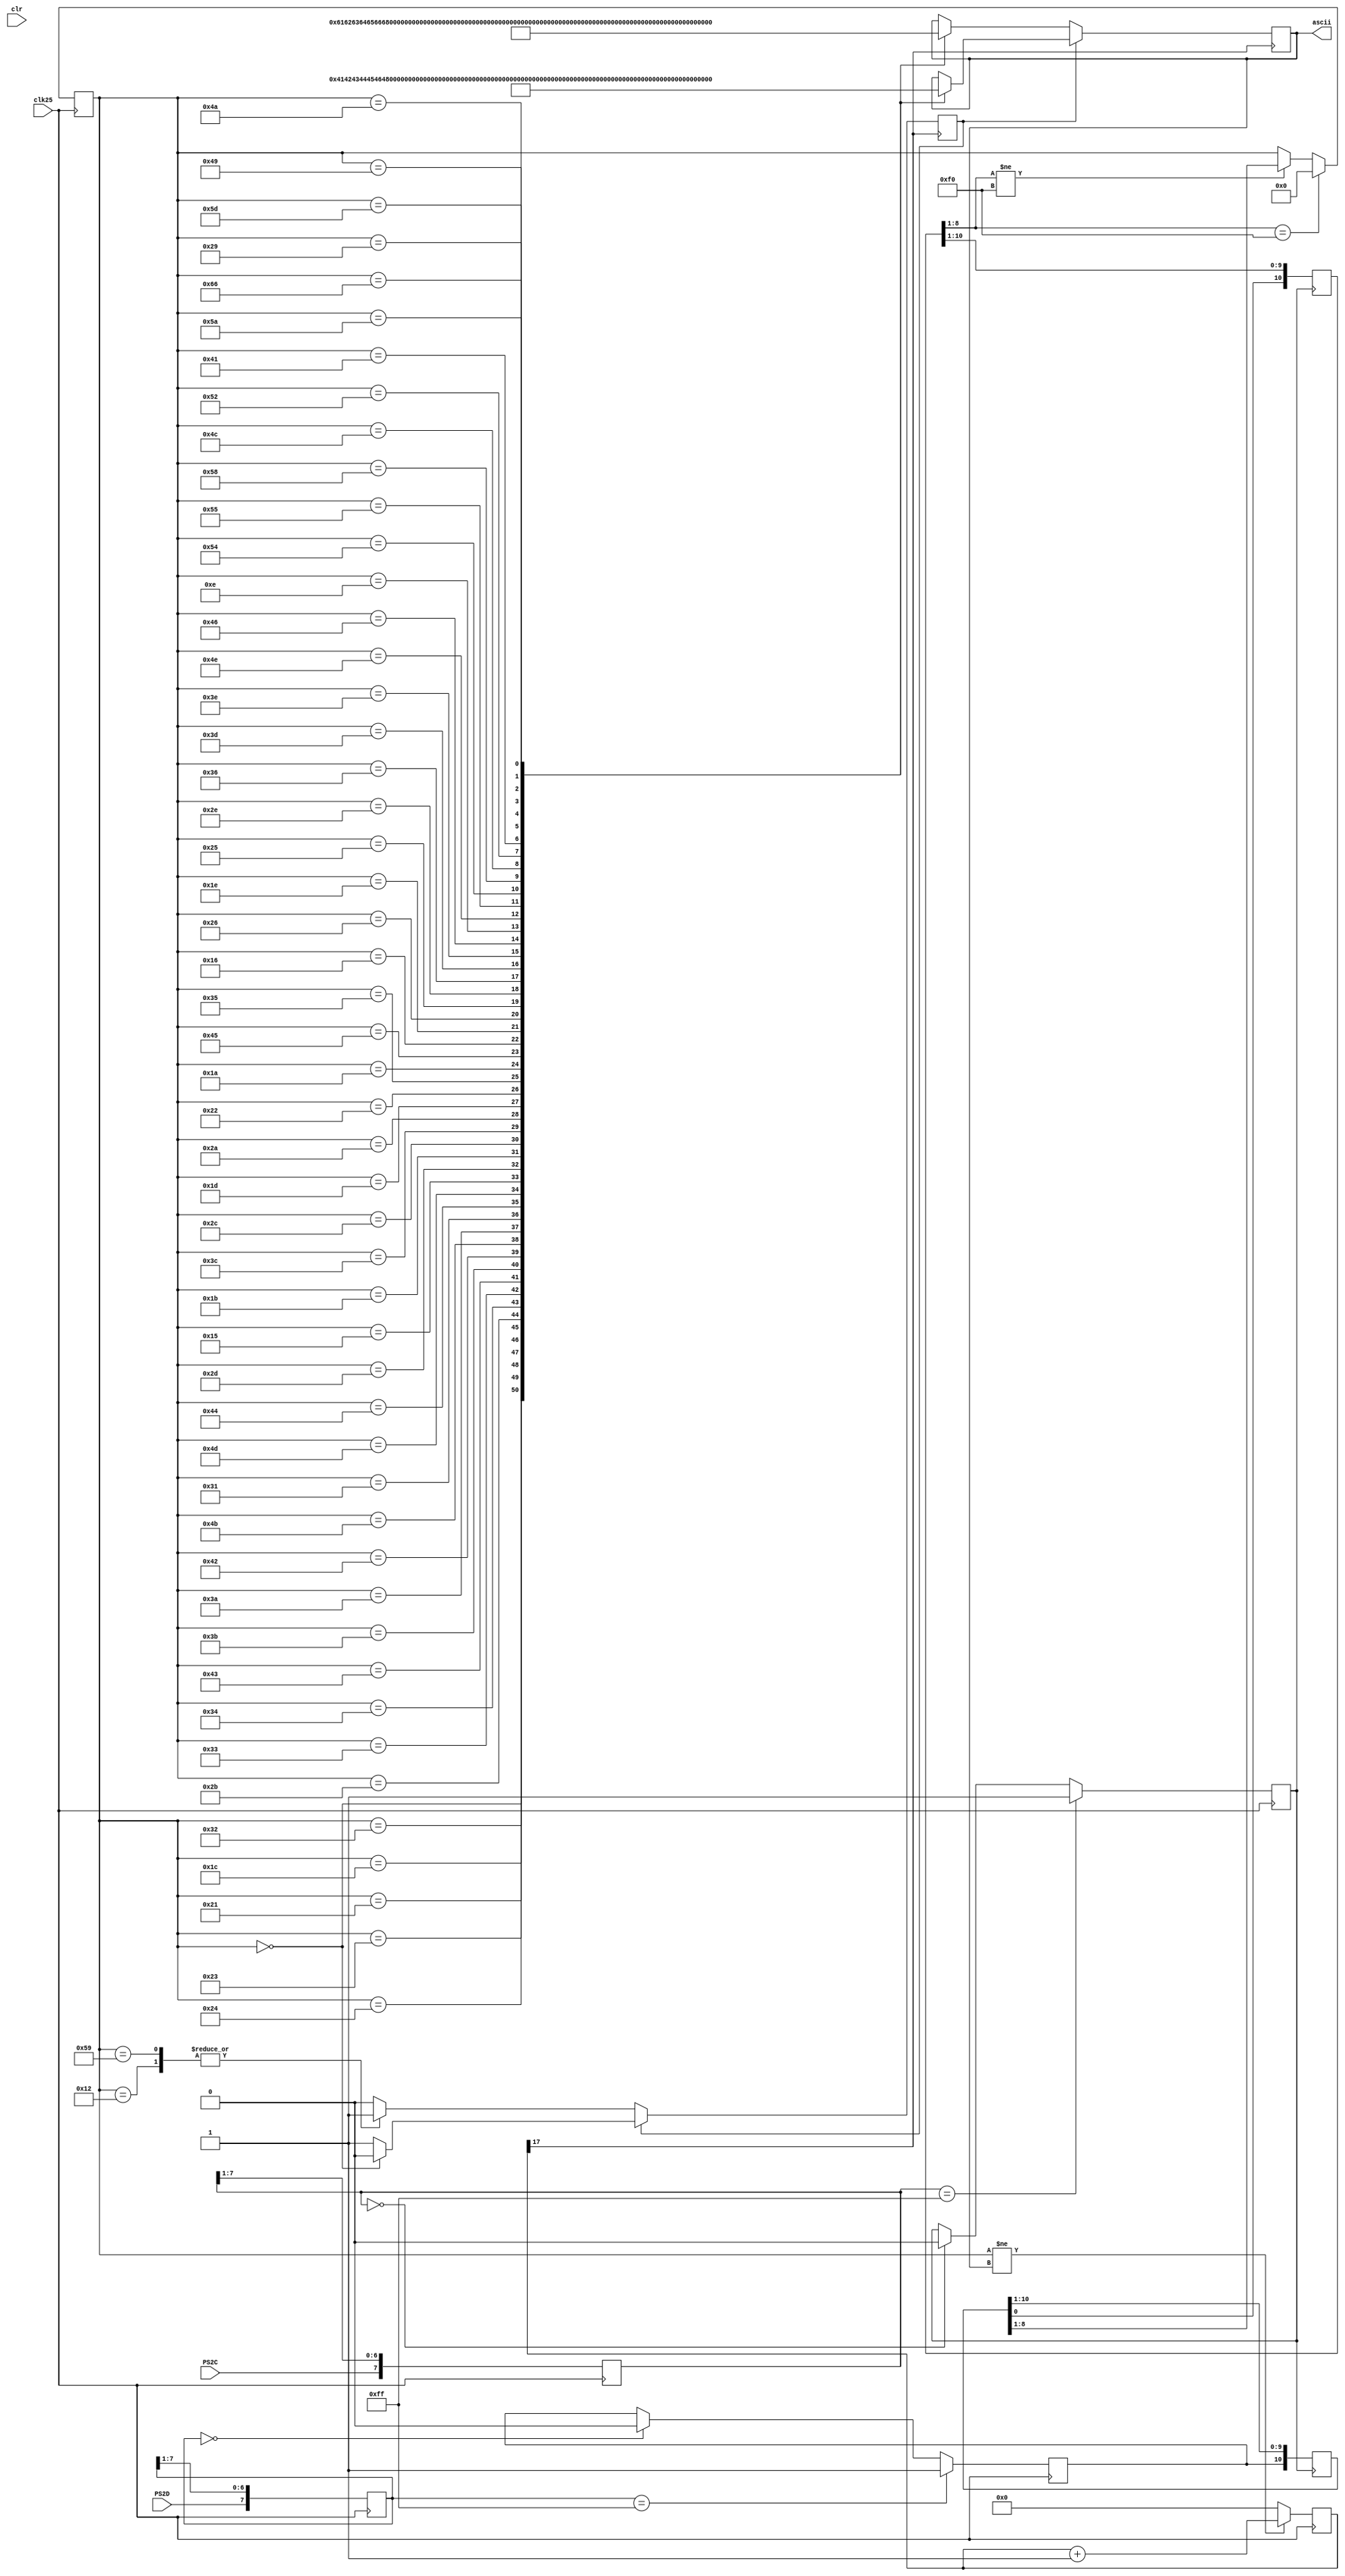
module Keyboard(
	input clk25,
	input clr,
	input PS2C,
	input PS2D,
	output reg [7:0] ascii
);

	reg PS2Cf, PS2Df;
	reg [7:0] ps2c_filter, ps2d_filter;
	reg [10:0] shift1, shift2;
	reg [7:0] pre;
	reg [31:0] anti_jetter;
	
	reg shift, ctrl, alt;
	reg capslock, numlock;

	always @(posedge clk25)// 
	begin
		ps2c_filter[7] <= PS2C;
		ps2c_filter[6:0] <= ps2c_filter[7:1];
		ps2d_filter[7] <= PS2D;
		ps2d_filter[6:0] <= ps2d_filter[7:1];
		if (ps2c_filter == 8'b11111111)
		begin
			PS2Cf <= 1;
		end
		else
		if (ps2c_filter == 8'b00000000)
		begin
			PS2Cf <= 0;
		end
		if (ps2d_filter == 8'b11111111)
		begin
			PS2Df <= 1;
		end
		else
		if (ps2d_filter == 8'b00000000)
		begin
			PS2Df <= 0;
		end
	end

	always @(negedge PS2Cf)
	begin
		shift1 <= {PS2Df, shift1[10:1]};
		shift2 <= {shift1[0], shift2[10:1]};
	end
	
	always @(posedge clk25) begin
		if (shift2[8:1] != 8'hF0)
			pre[7:0] <= shift1[8:1];
		if (shift2[8:1] == 8'hF0)
			pre[7:0] <= 8'h00;
		if(pre!=ascii)
			anti_jetter = anti_jetter + 1;
		else
			anti_jetter = 8'b0;
		
	end
	
	always@(posedge anti_jetter[17])begin
		if(shift == 1'b0)begin
			case(pre[7:0])
			8'h00: begin
				ascii[7:0] <= 8'h00; // none
				shift <= 1'b0;
				ctrl <= 1'b0;
				alt <= 1'b0;
			end
			8'h1c: ascii[7:0] <= 8'h61; // a
			8'h32: ascii[7:0] <= 8'h62; // b
			8'h21: ascii[7:0] <= 8'h63; // c
			8'h23: ascii[7:0] <= 8'h64; // d
			8'h24: ascii[7:0] <= 8'h65; // e
			8'h2b: ascii[7:0] <= 8'h66; // f
			8'h34: ascii[7:0] <= 8'h67; // g
			8'h33: ascii[7:0] <= 8'h68; // h
			8'h43: ascii[7:0] <= 8'h69; // i
			8'h3b: ascii[7:0] <= 8'h6A; // j
			8'h42: ascii[7:0] <= 8'h6B; // k
			8'h4b: ascii[7:0] <= 8'h6C; // l
			8'h3a: ascii[7:0] <= 8'h6D; // m
			8'h31: ascii[7:0] <= 8'h6E; // n
			8'h44: ascii[7:0] <= 8'h6F; // o
			8'h4d: ascii[7:0] <= 8'h70; // p
			8'h15: ascii[7:0] <= 8'h71; // q
			8'h2d: ascii[7:0] <= 8'h72; // r
			8'h1b: ascii[7:0] <= 8'h73; // s
			8'h2c: ascii[7:0] <= 8'h74; // t
			8'h3c: ascii[7:0] <= 8'h75; // u
			8'h2a: ascii[7:0] <= 8'h76; // v
			8'h1d: ascii[7:0] <= 8'h77; // w
			8'h22: ascii[7:0] <= 8'h78; // x
			8'h35: ascii[7:0] <= 8'h79; // y
			8'h1a: ascii[7:0] <= 8'h7A; // z
			8'h45: ascii[7:0] <= 8'h30; // 0
			8'h16: ascii[7:0] <= 8'h31; // 1
			8'h1e: ascii[7:0] <= 8'h32; // 2
			8'h26: ascii[7:0] <= 8'h33; // 3
			8'h25: ascii[7:0] <= 8'h34; // 4
			8'h2e: ascii[7:0] <= 8'h35; // 5
			8'h36: ascii[7:0] <= 8'h36; // 6
			8'h3d: ascii[7:0] <= 8'h37; // 7
			8'h3e: ascii[7:0] <= 8'h38; // 8
			8'h46: ascii[7:0] <= 8'h39; // 9
			8'h0e: ascii[7:0] <= 8'h60; // `
			8'h4e: ascii[7:0] <= 8'h2D; // -
			8'h55: ascii[7:0] <= 8'h3D; // =
			8'h54: ascii[7:0] <= 8'h5B; // [
			8'h58: ascii[7:0] <= 8'h5D; // ]
			8'h4c: ascii[7:0] <= 8'h3B; // ;
			8'h52: ascii[7:0] <= 8'h27; // '
			8'h41: ascii[7:0] <= 8'h2C; // ,
			8'h49: ascii[7:0] <= 8'h2E; // .
			8'h4a: ascii[7:0] <= 8'h2F; // /
			8'h5d: ascii[7:0] <= 8'h5C; // \
			8'h29: ascii[7:0] <= 8'h20; // SPACE
			8'h66: ascii[7:0] <= 8'h08; // BKSP
			8'h5a: ascii[7:0] <= 8'h0D; // Enter
			8'h12: shift <= 1'b1;
			8'h59: shift <= 1'b1;
			8'h14: ctrl <= 1'b1;
			8'h11: alt <= 1'b1;
			endcase
		end
		else begin
			case(pre[7:0])
			8'h00: begin
				ascii[7:0] <= 8'h00; // none
				shift <= 1'b0;
				ctrl <= 1'b0;
				alt <= 1'b0;
			end
			8'h1c: ascii[7:0] <= 8'h41; // a
			8'h32: ascii[7:0] <= 8'h42; // b
			8'h21: ascii[7:0] <= 8'h43; // c
			8'h23: ascii[7:0] <= 8'h44; // d
			8'h24: ascii[7:0] <= 8'h45; // e
			8'h2b: ascii[7:0] <= 8'h46; // f
			8'h34: ascii[7:0] <= 8'h47; // g
			8'h33: ascii[7:0] <= 8'h48; // h
			8'h43: ascii[7:0] <= 8'h49; // i
			8'h3b: ascii[7:0] <= 8'h4A; // j
			8'h42: ascii[7:0] <= 8'h4B; // k
			8'h4b: ascii[7:0] <= 8'h4C; // l
			8'h3a: ascii[7:0] <= 8'h4D; // m
			8'h31: ascii[7:0] <= 8'h4E; // n
			8'h44: ascii[7:0] <= 8'h4F; // o
			8'h4d: ascii[7:0] <= 8'h50; // p
			8'h15: ascii[7:0] <= 8'h51; // q
			8'h2d: ascii[7:0] <= 8'h52; // r
			8'h1b: ascii[7:0] <= 8'h53; // s
			8'h2c: ascii[7:0] <= 8'h54; // t
			8'h3c: ascii[7:0] <= 8'h55; // u
			8'h2a: ascii[7:0] <= 8'h56; // v
			8'h1d: ascii[7:0] <= 8'h57; // w
			8'h22: ascii[7:0] <= 8'h58; // x
			8'h35: ascii[7:0] <= 8'h59; // y
			8'h1a: ascii[7:0] <= 8'h5A; // z
			8'h45: ascii[7:0] <= 8'h29; // 0
			8'h16: ascii[7:0] <= 8'h21; // 1
			8'h1e: ascii[7:0] <= 8'h40; // 2
			8'h26: ascii[7:0] <= 8'h23; // 3
			8'h25: ascii[7:0] <= 8'h24; // 4
			8'h2e: ascii[7:0] <= 8'h25; // 5
			8'h36: ascii[7:0] <= 8'h5E; // 6
			8'h3d: ascii[7:0] <= 8'h26; // 7
			8'h3e: ascii[7:0] <= 8'h2A; // 8
			8'h46: ascii[7:0] <= 8'h28; // 9
			8'h0e: ascii[7:0] <= 8'h7E; // ~
			8'h4e: ascii[7:0] <= 8'h5F; // -
			8'h55: ascii[7:0] <= 8'h2B; // =
			8'h54: ascii[7:0] <= 8'h7B; // [
			8'h58: ascii[7:0] <= 8'h7D; // ]
			8'h4c: ascii[7:0] <= 8'h3A; // ;
			8'h52: ascii[7:0] <= 8'h22; // '
			8'h41: ascii[7:0] <= 8'h3C; // ,
			8'h49: ascii[7:0] <= 8'h3E; // .
			8'h4a: ascii[7:0] <= 8'h3F; // /
			8'h5d: ascii[7:0] <= 8'h7C; // \
			8'h29: ascii[7:0] <= 8'h20; // SPACE
			8'h66: ascii[7:0] <= 8'h08; // BKSP
			8'h5a: ascii[7:0] <= 8'h0D; // Enter
			8'h12: shift <= 1'b1;
			8'h59: shift <= 1'b1;
			8'h14: ctrl <= 1'b1;
			8'h11: alt <= 1'b1;
			endcase
		end
	end

endmodule